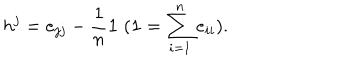
h ^ { j } = e _ { j j } - \frac { 1 } { n } { \bf 1 } \; ( { \bf 1 } = \sum _ { i = 1 } ^ { n } e _ { i i } ) .